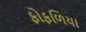
ફોફળિયા